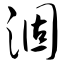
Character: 涸